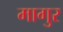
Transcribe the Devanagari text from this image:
मागुर